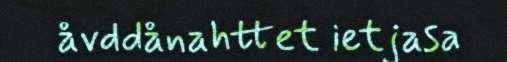
åvddånahttet ietjasa